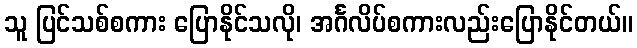
သူ ပြင်သစ်စကား ပြောနိုင်သလို၊ အင်္ဂလိပ်စကားလည်းပြောနိုင်တယ်။